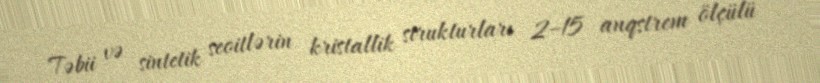
Təbii və sintetik seoitlərin kristallik strukturları 2–15 anqstrem ölçülü